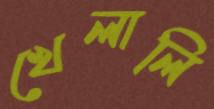
খেলালি